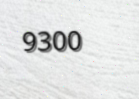
9300